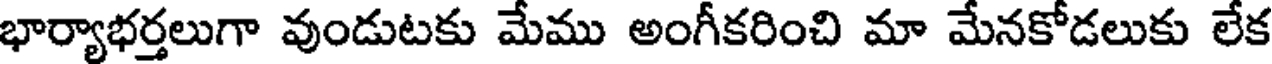
భార్యాభర్తలుగా వుండుటకు మేము అంగీకరించి మా మేనకోడలుకు లేక